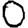
Digit: 0